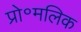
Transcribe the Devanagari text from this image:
प्रो॰मलिक